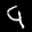
Label: 9